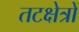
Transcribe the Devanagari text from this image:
तटक्षेत्रों